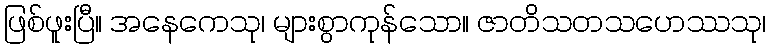
ဖြစ်ဖူးပြီ။ အနေကေသု၊ များစွာကုန်သော။ ဇာတိသတသဟေဿသု၊